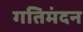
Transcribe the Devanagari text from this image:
गतिमंदन